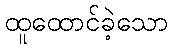
ထူထောင်ခဲ့သော